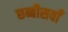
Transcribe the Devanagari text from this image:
छब्बीसवाँ